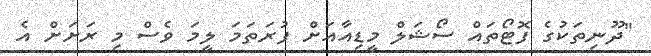
"ދޫނިތަކުގެ ފޮޓޯތައް ސޯޝަލް މީޑިއާއަށް ފުރަތަމަ ލީމަ ވެސް މި ރަށަށް އެ